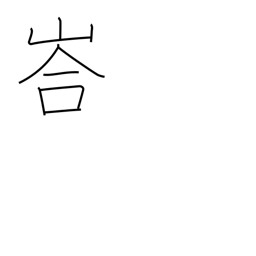
Meaning: mountain cave